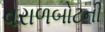
વરાળબોટની